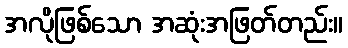
အလိုဖြစ်သော အဆုံးအဖြတ်တည်း။